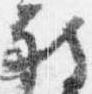
被